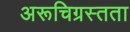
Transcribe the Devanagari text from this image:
अरूचिग्रस्तता